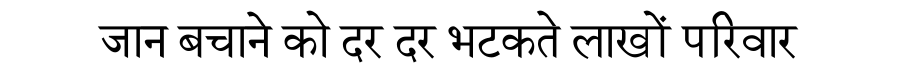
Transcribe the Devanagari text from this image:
जान बचाने को दर दर भटकते लाखों परिवार